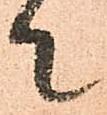
て